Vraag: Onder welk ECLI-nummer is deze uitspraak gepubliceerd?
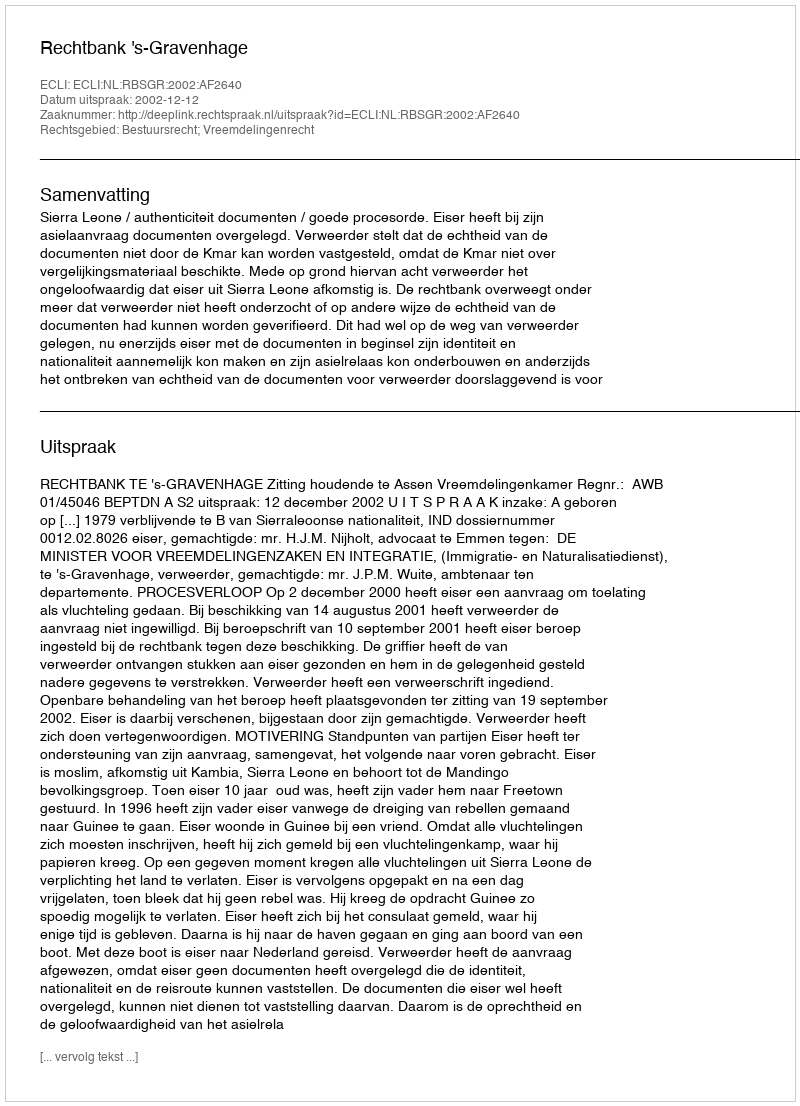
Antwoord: ECLI:NL:RBSGR:2002:AF2640